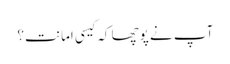
آپ نے پوچھا کہ کیسی امانت؟